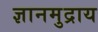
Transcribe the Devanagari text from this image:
ज्ञानमुद्राय